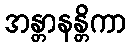
အန္တာနန္တိကာ